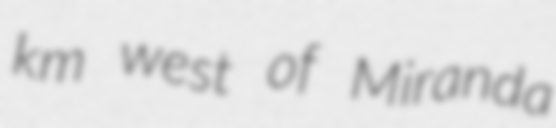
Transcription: km west of Miranda